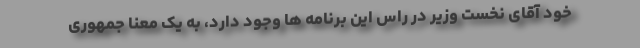
خود آقای نخست وزیر در راس این برنامه ها وجود دارد، به یک معنا جمهوری